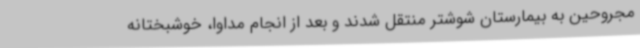
مجروحین به بیمارستان شوشتر منتقل شدند و بعد از انجام مداوا، خوشبختانه